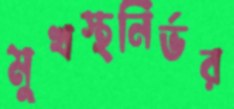
মুখস্থনির্ভর